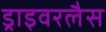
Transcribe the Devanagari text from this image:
ड्राइवरलैस